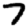
Digit: 7